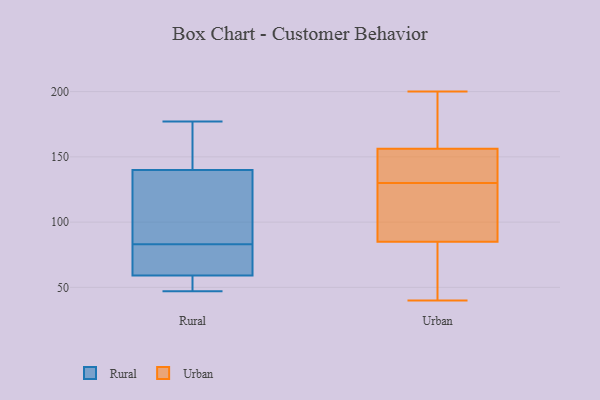
{"axis": {"x": "Headcount", "y": "Value"}, "legend": ["Rural", "Urban"], "data": [{"x": "", "y": 48, "type": "Rural"}, {"x": "", "y": 63, "type": "Rural"}, {"x": "", "y": 150, "type": "Rural"}, {"x": "", "y": 47, "type": "Rural"}, {"x": "", "y": 140, "type": "Rural"}, {"x": "", "y": 93, "type": "Rural"}, {"x": "", "y": 73, "type": "Rural"}, {"x": "", "y": 137, "type": "Rural"}, {"x": "", "y": 177, "type": "Rural"}, {"x": "", "y": 59, "type": "Rural"}, {"x": "", "y": 157, "type": "Urban"}, {"x": "", "y": 137, "type": "Urban"}, {"x": "", "y": 49, "type": "Urban"}, {"x": "", "y": 85, "type": "Urban"}, {"x": "", "y": 162, "type": "Urban"}, {"x": "", "y": 47, "type": "Urban"}, {"x": "", "y": 130, "type": "Urban"}, {"x": "", "y": 40, "type": "Urban"}, {"x": "", "y": 158, "type": "Urban"}, {"x": "", "y": 138, "type": "Urban"}, {"x": "", "y": 96, "type": "Urban"}, {"x": "", "y": 53, "type": "Urban"}, {"x": "", "y": 200, "type": "Urban"}, {"x": "", "y": 92, "type": "Urban"}, {"x": "", "y": 154, "type": "Urban"}, {"x": "", "y": 193, "type": "Urban"}, {"x": "", "y": 103, "type": "Urban"}, {"x": "", "y": 85, "type": "Urban"}, {"x": "", "y": 142, "type": "Urban"}]}